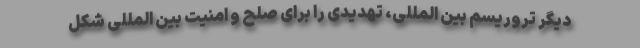
دیگر تروریسم بین المللی، تهدیدی را برای صلح و امنیت بین المللی شکل